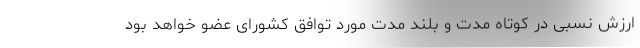
ارزش نسبی در کوتاه مدت و بلند مدت مورد توافق کشورای عضو خواهد بود